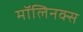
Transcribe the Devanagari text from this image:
मॉलिनक्स